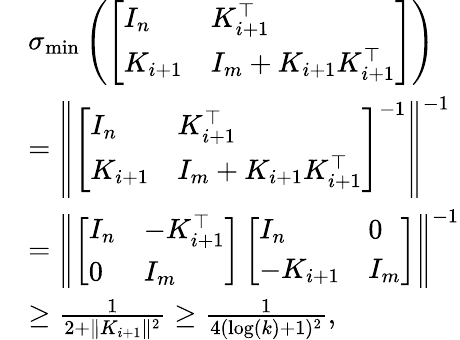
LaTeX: \begin{array}{rl}&{\sigma_{\operatorname*{min}}\left(\left[\begin{array}{ll}{I_{n}}&{K_{i+1}^{\top}}\\ {K_{i+1}}&{I_{m}+K_{i+1}K_{i+1}^{\top}}\end{array}\right]\right)}\\ &{=\left\| \left[\begin{array}{ll}{I_{n}}&{K_{i+1}^{\top}}\\ {K_{i+1}}&{I_{m}+K_{i+1}K_{i+1}^{\top}}\end{array}\right]^{-1}\right\| ^{-1}}\\ &{=\left\| \left[\begin{array}{ll}{I_{n}}&{-K_{i+1}^{\top}}\\ {0}&{I_{m}}\end{array}\right]\left[\begin{array}{ll}{I_{n}}&{0}\\ {-K_{i+1}}&{I_{m}}\end{array}\right]\right\| ^{-1}}\\ &{\geq\frac{1}{2+\| K_{i+1}\| ^{2}}\geq\frac{1}{4(\log(k)+1)^{2}},}\end{array}